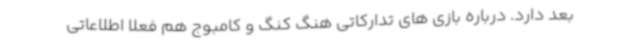
بعد دارد. درباره بازی های تدارکاتی هنگ کنگ و کامبوج هم فعلا اطلاعاتی